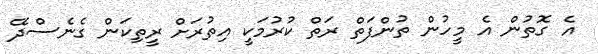
އެ ގޮތުން އެ މީހުން ތުންފަތް ރަތް ކުރުމަކީ އިތުރަށް ރީތިކަން ގެނެސްދޭ